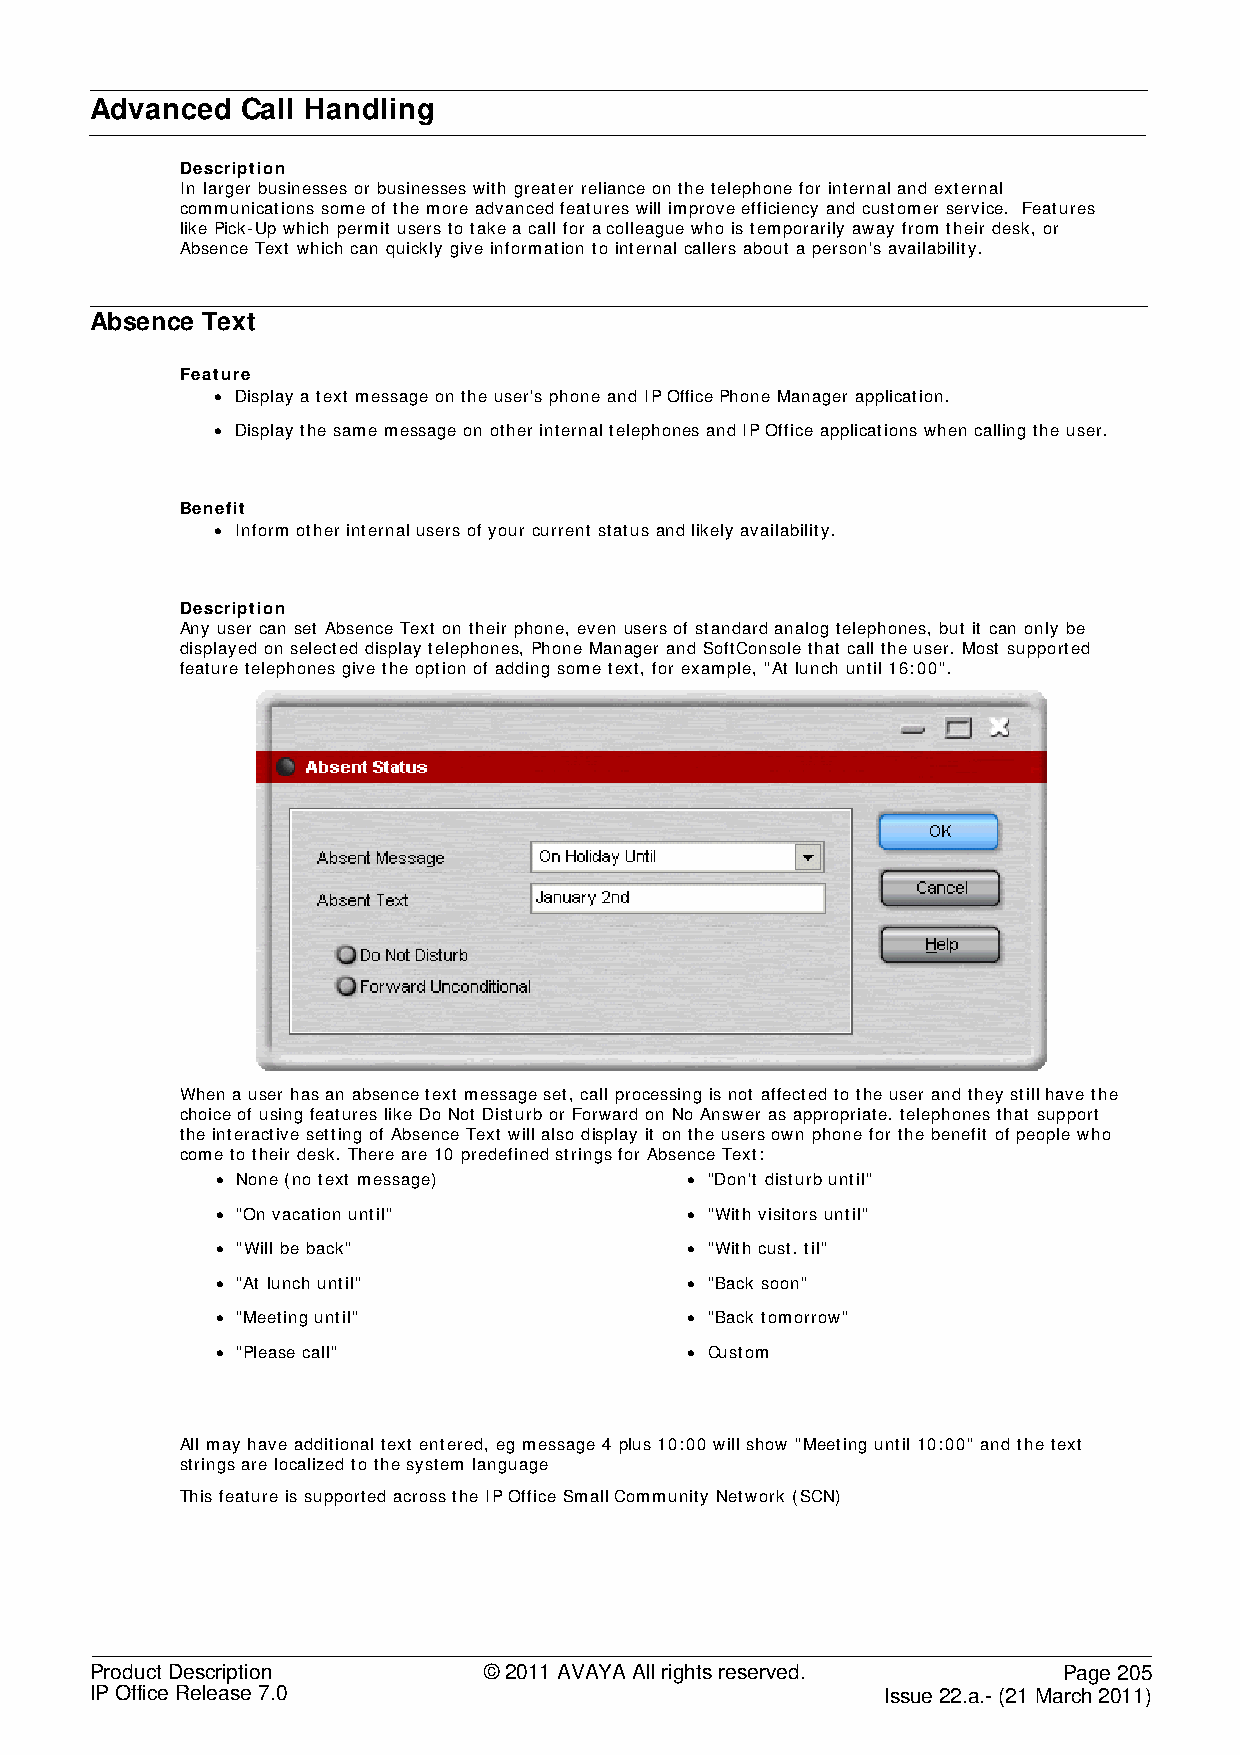
Advanced  Call Handling
 Description
 In larger businesses or businesses with greater reliance on the telephone for internal and external
 communications some of the more advanced features will improve efficiency and customer service. Features
 like Pick-Up which permit users to take a call for a colleague who is temporarily away from their desk, or
 Absence Text which can quickly give information to internal callers about a person's availability.
 Absence Text
 Feature
 • Display a text message on the user's phone and IP Office Phone Manager application.
 • Display the same message on other internal telephones and IP Office applications when calling the user.
 Benefit
 • Inform other internal users of your current status and likely availability.
 Description
 Any user can set Absence Text on their phone, even users of standard analog telephones, but it can only be
 displayed on selected display telephones, Phone Manager and SoftConsole that call the user. Most supported
 feature telephones give the option of adding some text, for example, "At lunch until 16:00".
 When a user has an absence text message set, call processing is not affected to the user and they still have the
 choice of using features like Do Not Disturb or Forward on No Answer as appropriate. telephones that support
 the interactive setting of Absence Text will also display it on the users own phone for the benefit of people who
 come to their desk. There are 10 predefined strings for Absence Text:
 • None (no text message)       • "Don't disturb until"
 • "On vacation until"          • "With visitors until"
 • "Will be back"               • "With cust. til"
 • "At lunch until"             • "Back soon"
 • "Meeting until"              • "Back tomorrow"
 • "Please call"                • Custom
 All may have additional text entered, eg message 4 plus 10:00 will show "Meeting until 10:00" and the text
 strings are localized to the system language
 This feature is supported across the IP Office Small Community Network (SCN)
 Product Description       © 2011 AVAYA All rights reserved.     Page 205
 IP Office Release 7.0                                Issue 22.a.- (21 March 2011)